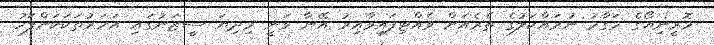
މޮރީނިއޯގެ މަގާމު ނުރައްކަލުގެ ތެރެއަށް ވެއްޓިފައިވާއިރު އޭނާ ވަނީ މިދިޔަ ސީޒަނުގައި އަހަރުތަކަކަށްފަހު